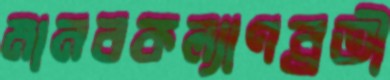
মানবকল্যাণব্রতী